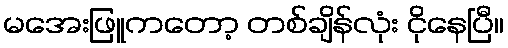
မအေးဖြူကတော့ တစ်ချိန်လုံး ငိုနေပြီ။